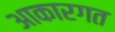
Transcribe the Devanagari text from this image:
आकारगत